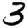
Digit: 3